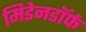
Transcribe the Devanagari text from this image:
मिडेनडॉर्फ